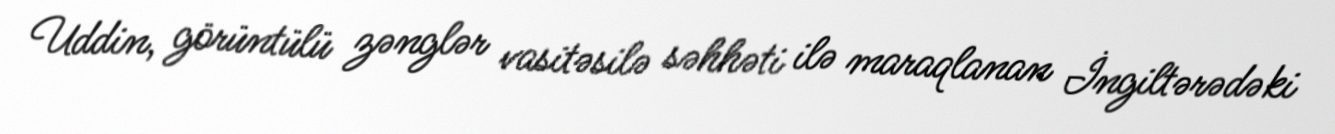
Uddin, görüntülü zənglər vasitəsilə səhhəti ilə maraqlanan İngiltərədəki